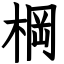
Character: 棡